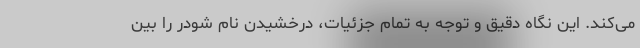
می‌کند. این نگاه دقیق و توجه به تمام جزئیات، درخشیدن نام شودر را بین